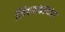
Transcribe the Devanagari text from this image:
शिवणकामास